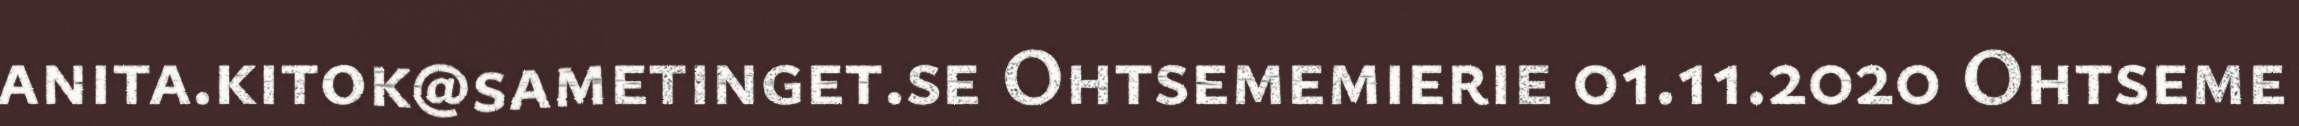
anita.kitok@sametinget.se Ohtsememierie 01.11.2020 Ohtseme